Insane asylums in Bengal annual reports 1876-1887 - 1876-1887
Year: 1876
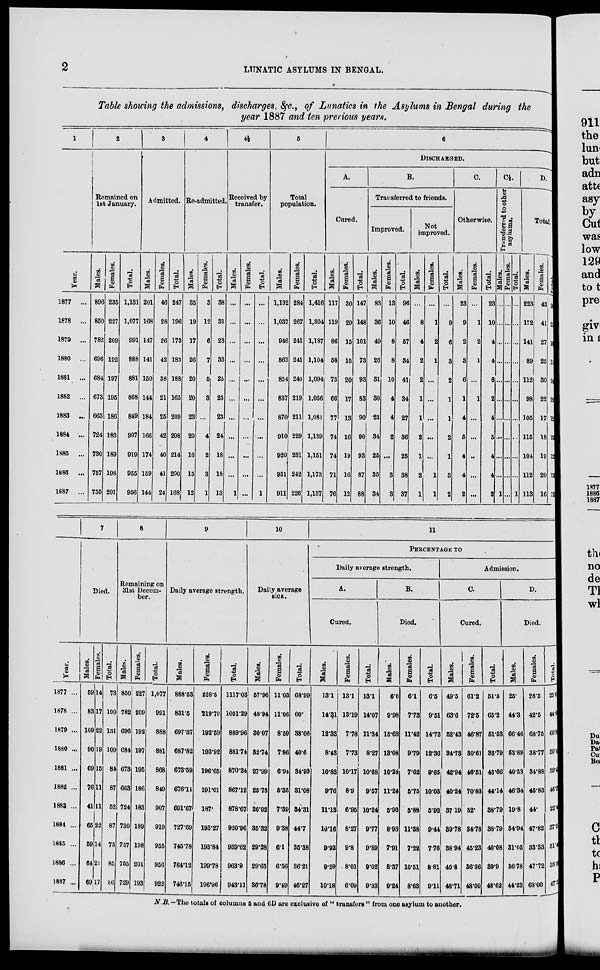
2
LUNATIC ASYLUMS IN BENGAL.
Table showing the admissions, discharges, &c., of Lunatics in the Asylums in Bengal during the
year 1887 and ten previous years.
1
Year.
1877 ...
1878 ...
1879 ...
1880 ...
1881 ...
1882 ...
1883 ...
1884 ...
1885 ...
1886 ...
1887 ...
2
Remained on
1st January.
Males.
896
850
782
696
684
673
663
724
730
757
755
Females.
235
227
209
192
197
195
186
183
189
198
201
Total.
1,131
1,077
991
888
881
868
849
907
919
955
956
3
Admitted.
Males.
201
168
147
141
150
144
184
166
174
159
144
Females.
46
28
26
42
38
21
25
42
40
41
24
Total.
247
196
173
183
188
165
209
208
214
200
168
4
Re-admitted.
Males.
35
19
17
26
20
20
23
20
16
15
12
Females.
3
12
6
7
5
3
...
4
2
3
1
Total.
38
31
23
33
25
23
23
24
18
18
13
4½
Received by
transfer.
Males.
...
...
...
...
...
...
...
...
...
...
1
Females.
...
...
...
...
...
...
...
...
...
...
...
Total.
...
...
...
...
...
...
...
...
...
...
1
5
Total
population.
Males.
1,132
1,037
946
863
854
837
870
910
920
931
911
Females.
284
267
241
241
240
219
211
229
231
242
226
Total.
1,416
1,304
1,187
1,104
1,094
1,056
1,081
1,139
1,151
1,173
1,137
6
DISCHARGED.
A.
Cured.
Males.
117
119
86
58
73
66
77
74
74
71
76
Females.
30
29
15
15
20
17
13
16
19
16
12
Total.
147
148
101
73
93
83
90
90
93
87
88
B.
Transferred to friends.
Improved.
Males.
83
36
49
26
31
30
23
34
25
35
34
Females.
13
10
8
8
10
4
4
2
...
3
3
Total.
96
46
57
34
41
34
27
36
25
38
37
Not
improved.
Males.
...
8
4
2
2
1
1
2
1
2
1
Females.
...
1
2
1
...
...
...
...
...
1
1
Total.
...
9
6
3
2
1
1
2
1
3
2
C.
Otherwise.
Males.
23
9
2
3
6
1
4
5
4
4
2
Females.
...
1
2
1
...
1
...
...
...
...
...
Total.
23
10
4
4
6
2
4
5
4
4
2
C½.
Transferred to other
asylums.
Males.
...
...
...
...
...
...
...
...
...
...
1
Females.
...
...
...
...
...
...
...
...
...
...
...
Total.
...
...
...
...
...
...
...
...
...
...
1
D.
Total.
Males.
223
172
141
89
112
98
105
115
104
112
113
Females.
43
41
27
25
30
22
17
18
19
20
16
Total.
266
213
168
114
142
120
122
133
123
132
129
Year.
1877 ...
1878 ...
1879 ...
1880 ...
1881 ...
1882 ...
1883 ...
1884 ...
1885 ...
1886 ...
1887 ...
7
Died.
Males.
59
83
109
90
69
76
41
65
59
64
69
Females.
14
17
22
19
15
11
11
22
14
21
17
Total.
73
100
131
109
84
87
52
87
73
85
86
8
Remaining on
31st Decem-
ber.
Males.
850
782
696
684
673
663
724
730
757
755
729
Females.
227
209
192
197
195
186
183
189
198
201
193
Total.
1,077
991
888
881
868
849
907
919
955
956
922
9
Daily average strength.
Males.
888.53
831.5
697.37
687.82
673.59
676.11
691.67
727.69
745.78
764.12
746.15
Females.
228.5
219.79
192.59
193.92
196.65
191.01
187.
193.27
193.84
199.78
196.96
Total.
1117.03
1051.29
889.96
881.74
870.24
867.12
878.67
920.96
939.62
963.9
943.11
10
Daily average
sick.
Males.
57.96
48.94
30.07
32.74
27.99
25.73
26.92
35.32
29.28
29.65
36.78
Females.
11.03
11.06
8.59
7.86
6.94
5.35
7.39
9.38
6.1
6.56
9.49
Total.
68.99
60.
38.66
40.6
34.93
31.08
34.31
44.7
35.38
36.21
46.27
11
PERCENTAGE TO
Daily average strength.
A.
Cured.
Males.
13.1
14.31
12.33
8.43
10.83
9.76
11.13
10.16
9.92
9.29
10.18
Females.
13.1
13.19
7.78
7.73
10.17
8.9
6.95
8.27
9.8
8.01
6.09
Total.
13.1
14.07
11.34
8.27
10.68
9.57
10.24
9.77
9.89
9.02
9.33
B.
Died.
Males.
6.6
9.98
15.63
13.08
10.24
11.24
5.93
8.93
7.91
8.37
9.24
Females.
6.1
7.73
11.42
9.79
7.62
5.75
5.88
11.38
7.22
10.51
8.63
Total.
6.5
9.51
14.72
12.36
9.65
10.03
5.92
9.44
7.76
8.81
9.11
Admission.
C.
Cured.
Males.
49.5
63.6
52.43
34.73
42.94
40.24
37.19
39.78
38.94
40.8
48.71
Females.
61.2
72.5
46.87
30.61
46.51
70.83
52.
34.78
45.23
36.36
48.00
Total.
51.5
65.2
51.53
33.79
43.66
44.14
38.79
38.79
40.08
39.9
48.62
D.
Died.
Males.
25.
44.3
66.46
53.89
40.58
46.34
19.8
34.94
31.05
36.78
44.23
Females.
28.5
42.5
68.75
38.77
34.88
45.83
44.
47.82
33.33
47.72
63.00
Total.
25.6
44.0
66.8
50.4
39.4
46. 2
22.4
37.5
31.4
38.9
47.5
N.B.—The totals of column 5 and 6D are exclusive of " transfers " from one asylum to another.